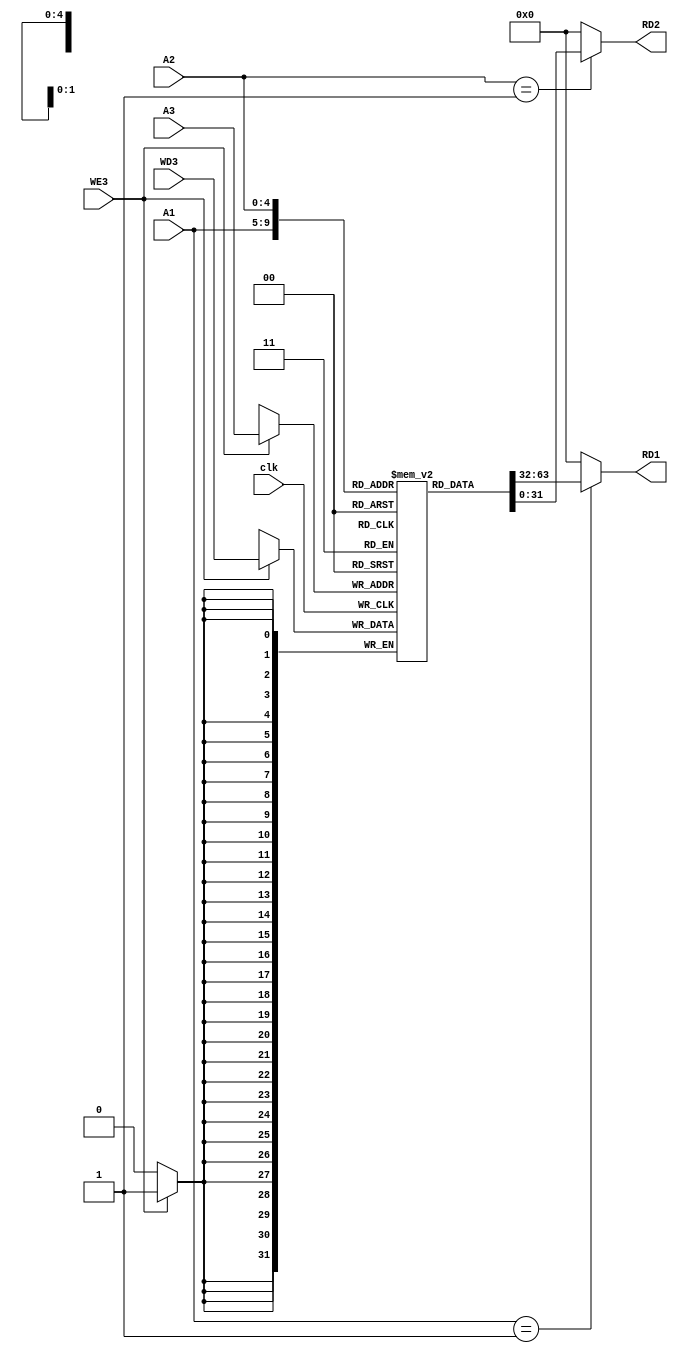
// Design of Register File

module RegFile(
input WE3, clk,
input [4:0] A1,
input [4:0] A2,
input [4:0] A3,
input [31:0] WD3,
output reg [31:0] RD1, 
output reg [31:0] RD2
    );
    
    reg [31:0] register_file[31:0];
    
    always@(posedge clk)
    if (WE3)
        register_file[A3] <= WD3;
    
    always@(*) begin
        RD1 = (A1==1)? register_file[A1]:0;
        RD2 = (A2==1)? register_file[A2]:0;
    end
    
endmodule